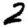
Digit: 2